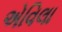
એવિલા